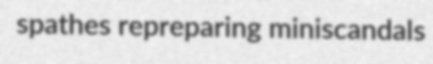
spathes repreparing miniscandals